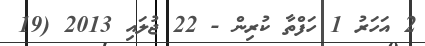
2 އަހަރު 1 ހަފްތާ ކުރިން - 22 ޖުލައި 2013 (19